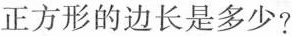
正方形的边长是多少?